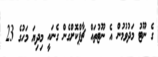
ގެ ނޫޓު މަދުވުމުން އެ ނޫޓުތައް ޗާޕްކޮށްގެން ގެނައީ މިދިޔަ މަހުގެ 23